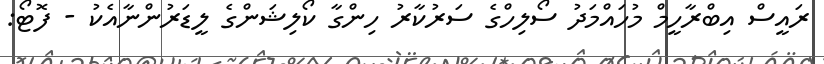
ރައީސް އިބްރާހީމް މުހައްމަދު ސޯލިހްގެ ސަރުކާރު ހިންގާ ކޯލިޝަންގެ ލީޑަރުންނާއެކު - ފޮޓޯ: